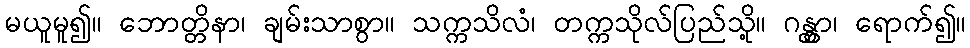
မယူမူ၍။ ဘောတ္တိနာ၊ ချမ်းသာစွာ။ သက္ကသိလံ၊ တက္ကသိုလ်ပြည်သို့။ ဂန္တွာ၊ ရောက်၍။